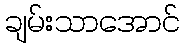
ချမ်းသာအောင်